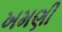
ખમણી